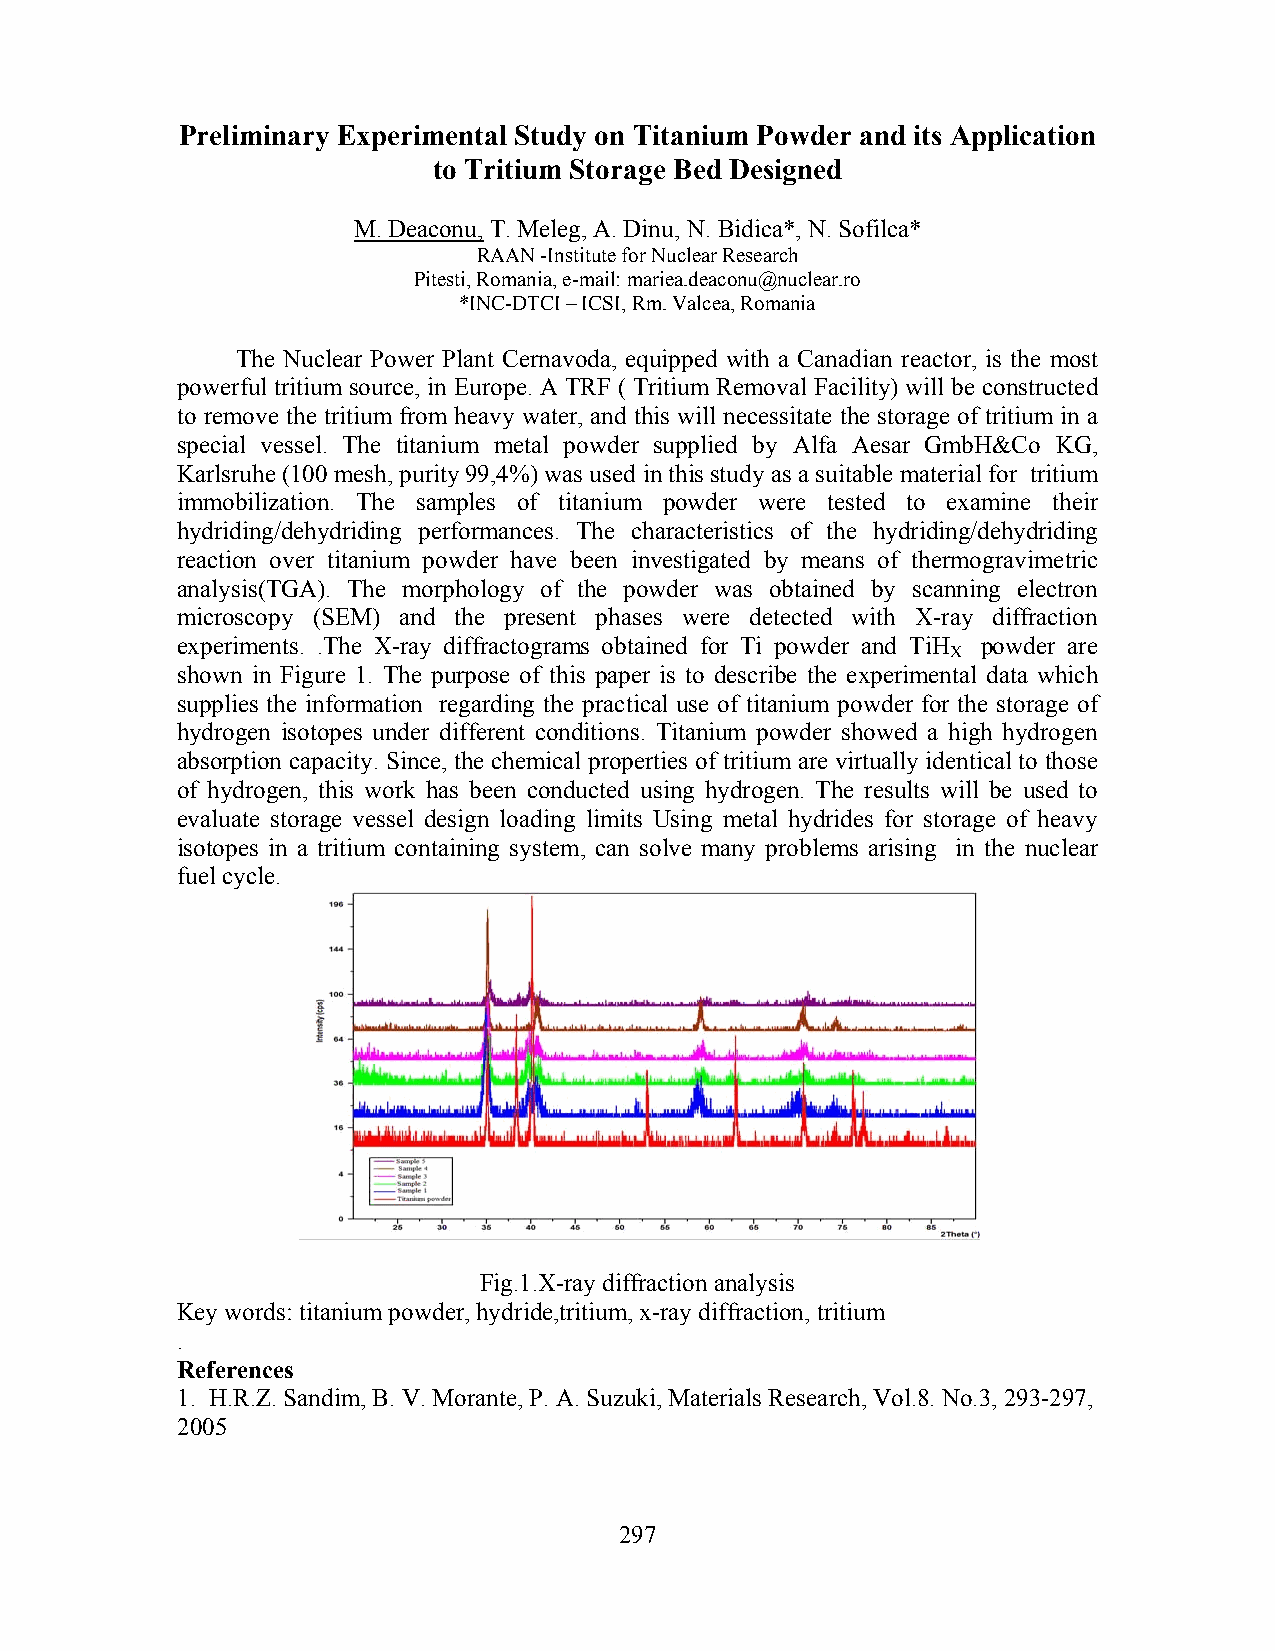
Preliminary Experimental Study on Titanium Powder and its Application
 to Tritium Storage Bed Designed
 M. Deaconu, T. Meleg, A. Dinu, N. Bidica*, N. Sofilca*
 RAAN -Institute for Nuclear Research
 Pitesti, Romania, e-mail: mariea.deaconu@nuclear.ro
 *INC-DTCI – ICSI, Rm. Valcea, Romania
 The Nuclear Power Plant Cernavoda, equipped with a Canadian reactor, is the most
 powerful tritium source, in Europe. A TRF ( Tritium Removal Facility) will be constructed
 to remove the tritium from heavy water, and this will necessitate the storage of tritium in a
 special vessel. The titanium metal powder supplied by Alfa Aesar GmbH&Co KG,
 Karlsruhe (100 mesh, purity 99,4%) was used in this study as a suitable material for tritium
 immobilization. The samples of titanium powder were tested to examine their
 hydriding/dehydriding performances. The characteristics of the hydriding/dehydriding
 reaction over titanium powder have been investigated by means of thermogravimetric
 analysis(TGA). The morphology of the powder was obtained by scanning electron
 microscopy (SEM) and the present phases were detected with X-ray diffraction
 experiments. .The X-ray diffractograms obtained for Ti powder and TiH powder are
 X
 shown in Figure 1. The purpose of this paper is to describe the experimental data which
 supplies the information regarding the practical use of titanium powder for the storage of
 hydrogen isotopes under different conditions. Titanium powder showed a high hydrogen
 absorption capacity. Since, the chemical properties of tritium are virtually identical to those
 of hydrogen, this work has been conducted using hydrogen. The results will be used to
 evaluate storage vessel design loading limits Using metal hydrides for storage of heavy
 isotopes in a tritium containing system, can solve many problems arising in the nuclear
 fuel cycle.
 Fig.1.X-ray diffraction analysis
 Key words: titanium powder, hydride,tritium, x-ray diffraction, tritium
 .
 References
 1. H.R.Z. Sandim, B. V. Morante, P. A. Suzuki, Materials Research, Vol.8. No.3, 293-297,
 2005
 297